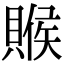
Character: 䞀